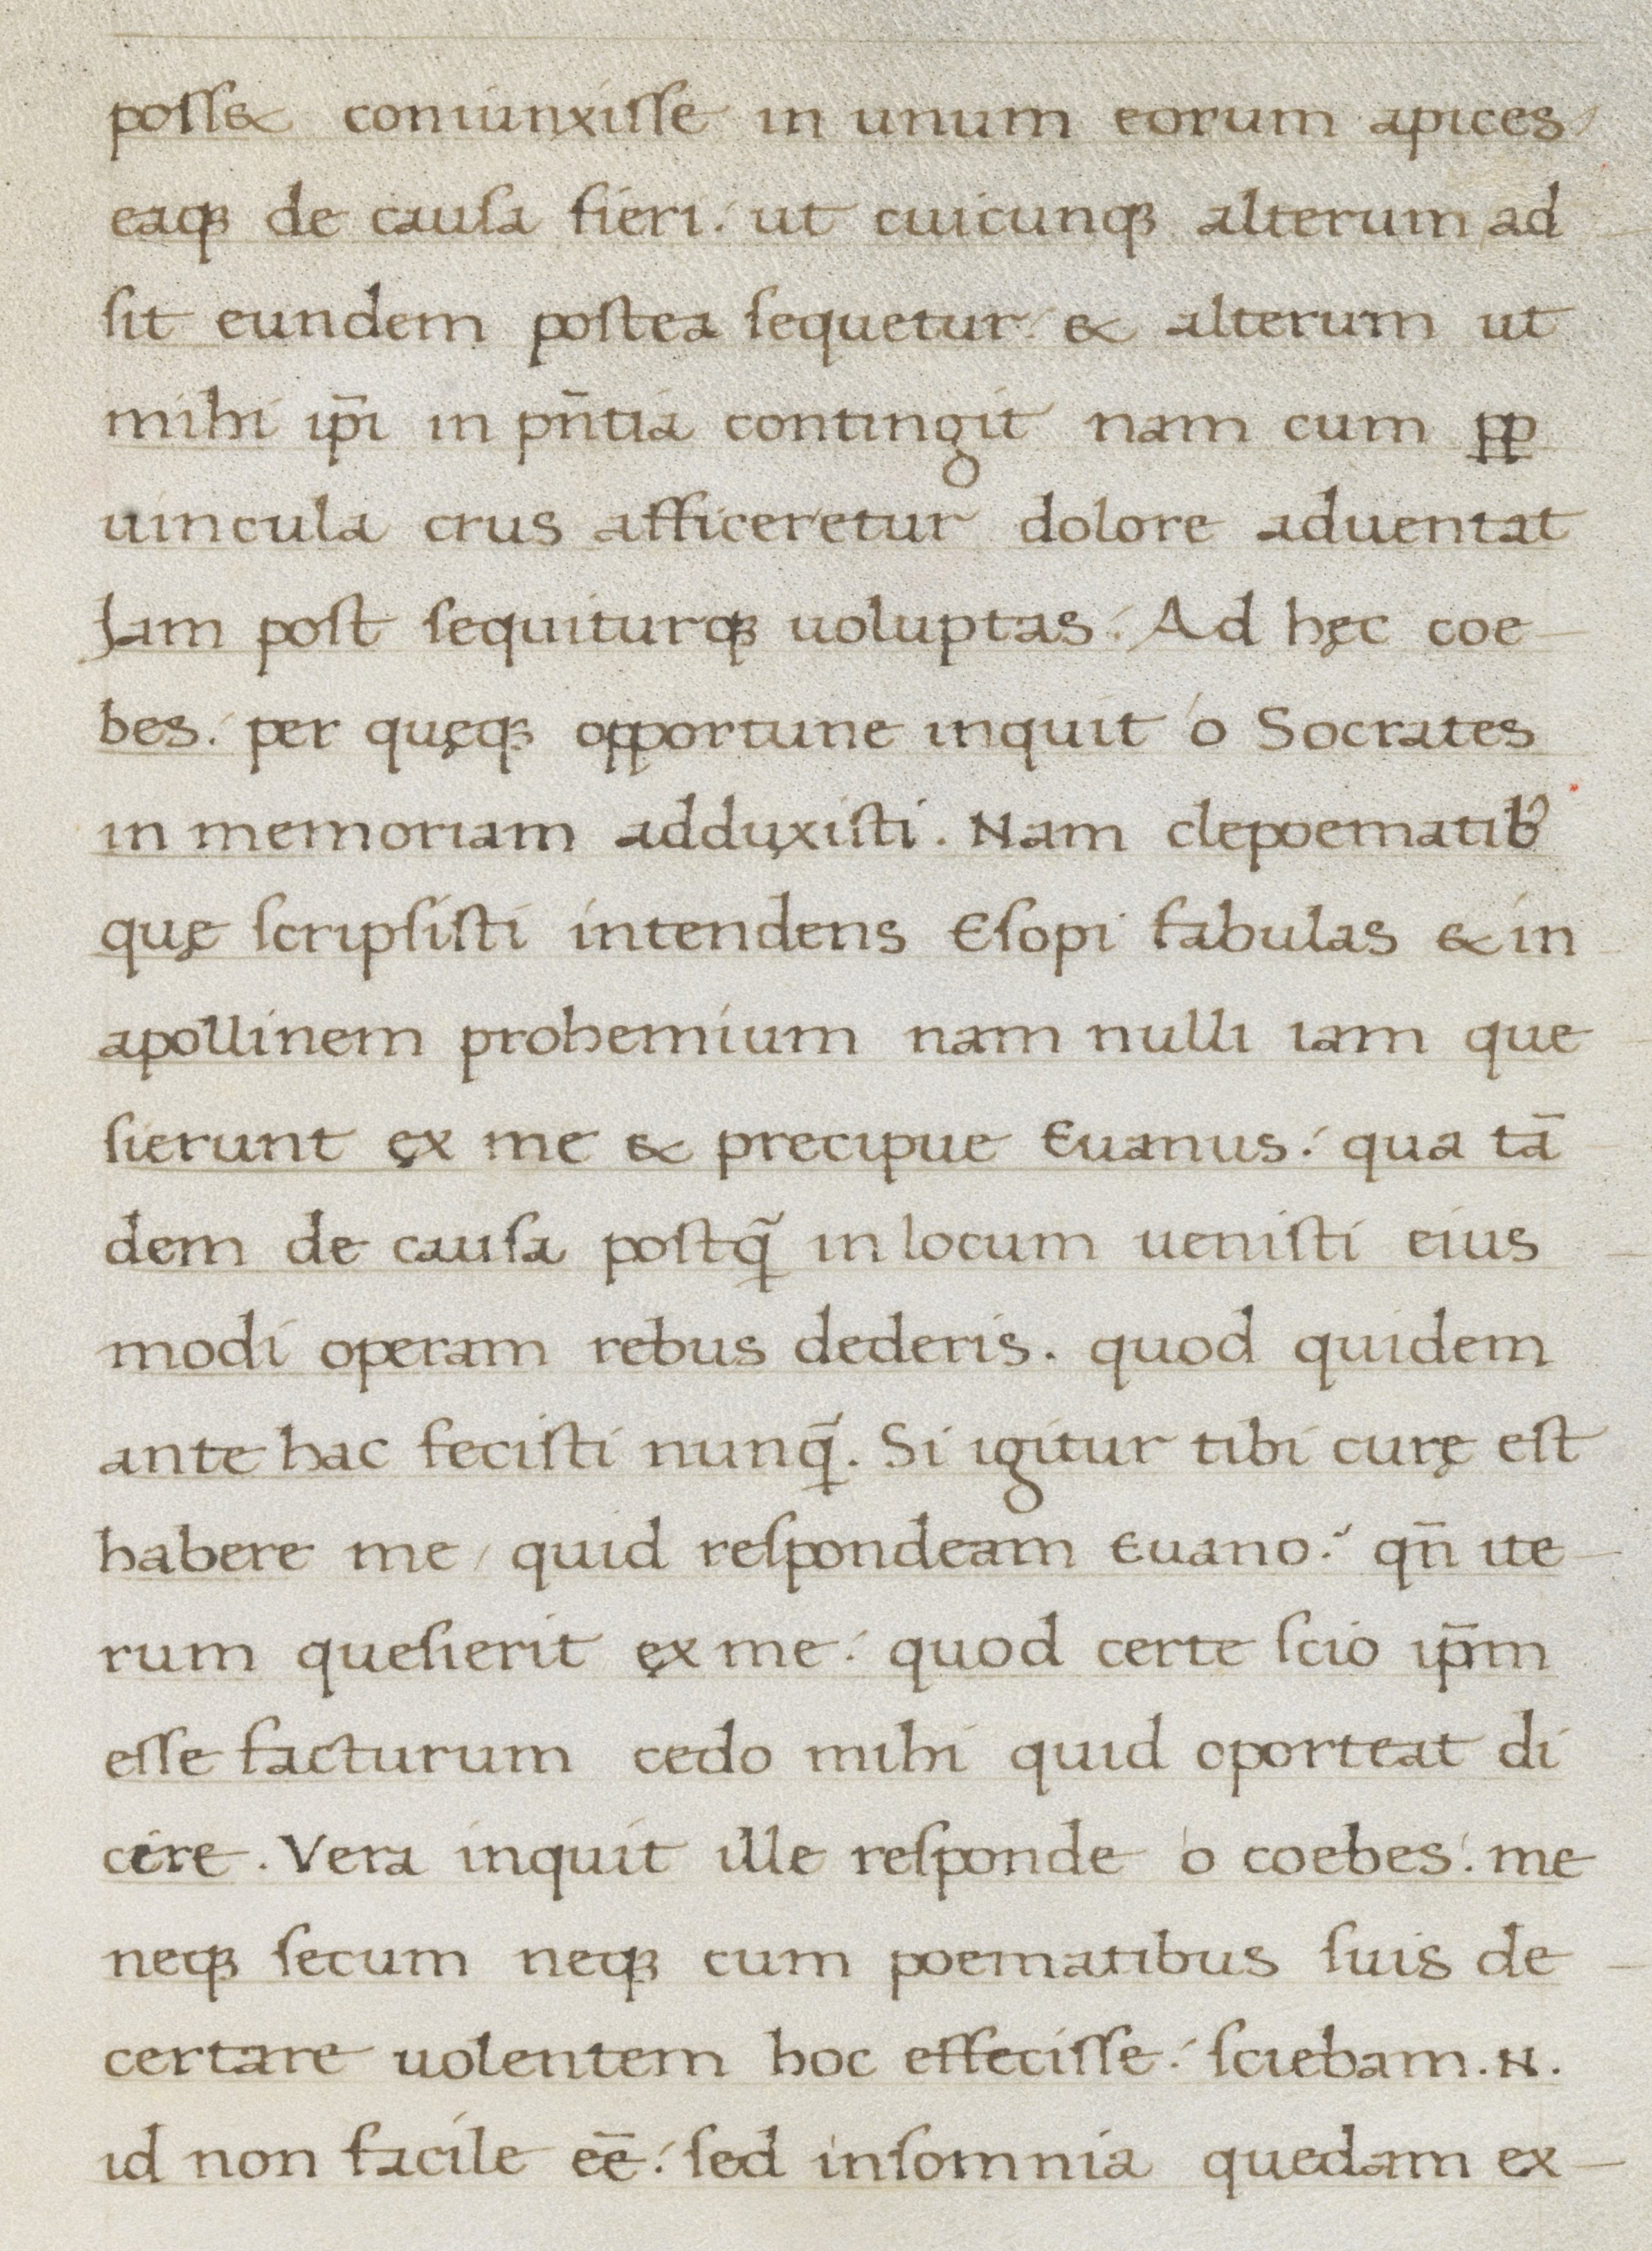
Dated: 1400–1499